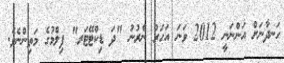
ހަނދާނަށް އަންނަނީ 2012 ވަނަ އަހަރު ނެރުނު "ދަ ޑިކްޓޭޓަރ" ފިލްމުގެ މަތިންނެވެ.